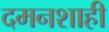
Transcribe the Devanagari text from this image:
दमनशाही